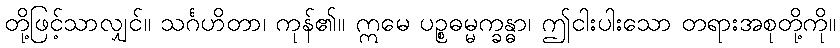
တို့ဖြင့်သာလျှင်။ သင်္ဂဟိတာ၊ ကုန်၏။ ဣမေ ပဉ္စဓမ္မက္ခန္ဓာ၊ ဤငါးပါးသော တရားအစုတို့ကို။